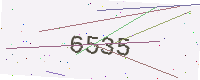
Text: 6535